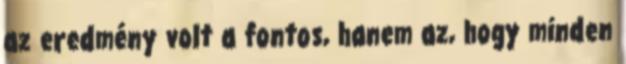
az eredmény volt a fontos, hanem az, hogy minden